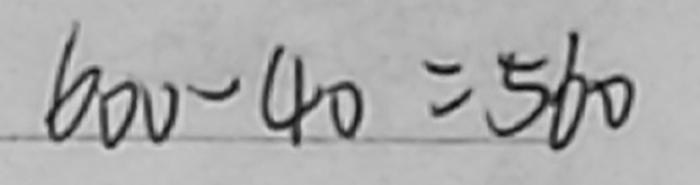
6 0 0 - 4 0 = 5 6 0